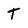
Character: T